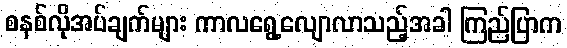
စနစ်လိုအပ်ချက်များ ကာလရွေ့လျောလာသည့်အခါ ကြည်ပြာက